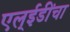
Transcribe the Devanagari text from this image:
एल्‌ईडींचा